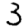
Digit: 3